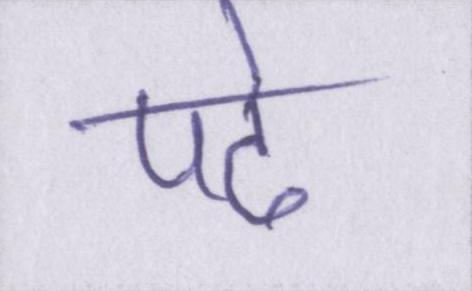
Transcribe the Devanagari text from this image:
पढे